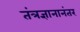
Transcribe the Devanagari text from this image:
तंत्रज्ञानानंतर